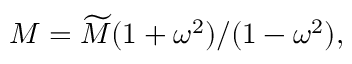
M = \widetilde { M } ( 1 + \omega ^ { 2 } ) / ( 1 - \omega ^ { 2 } ) ,